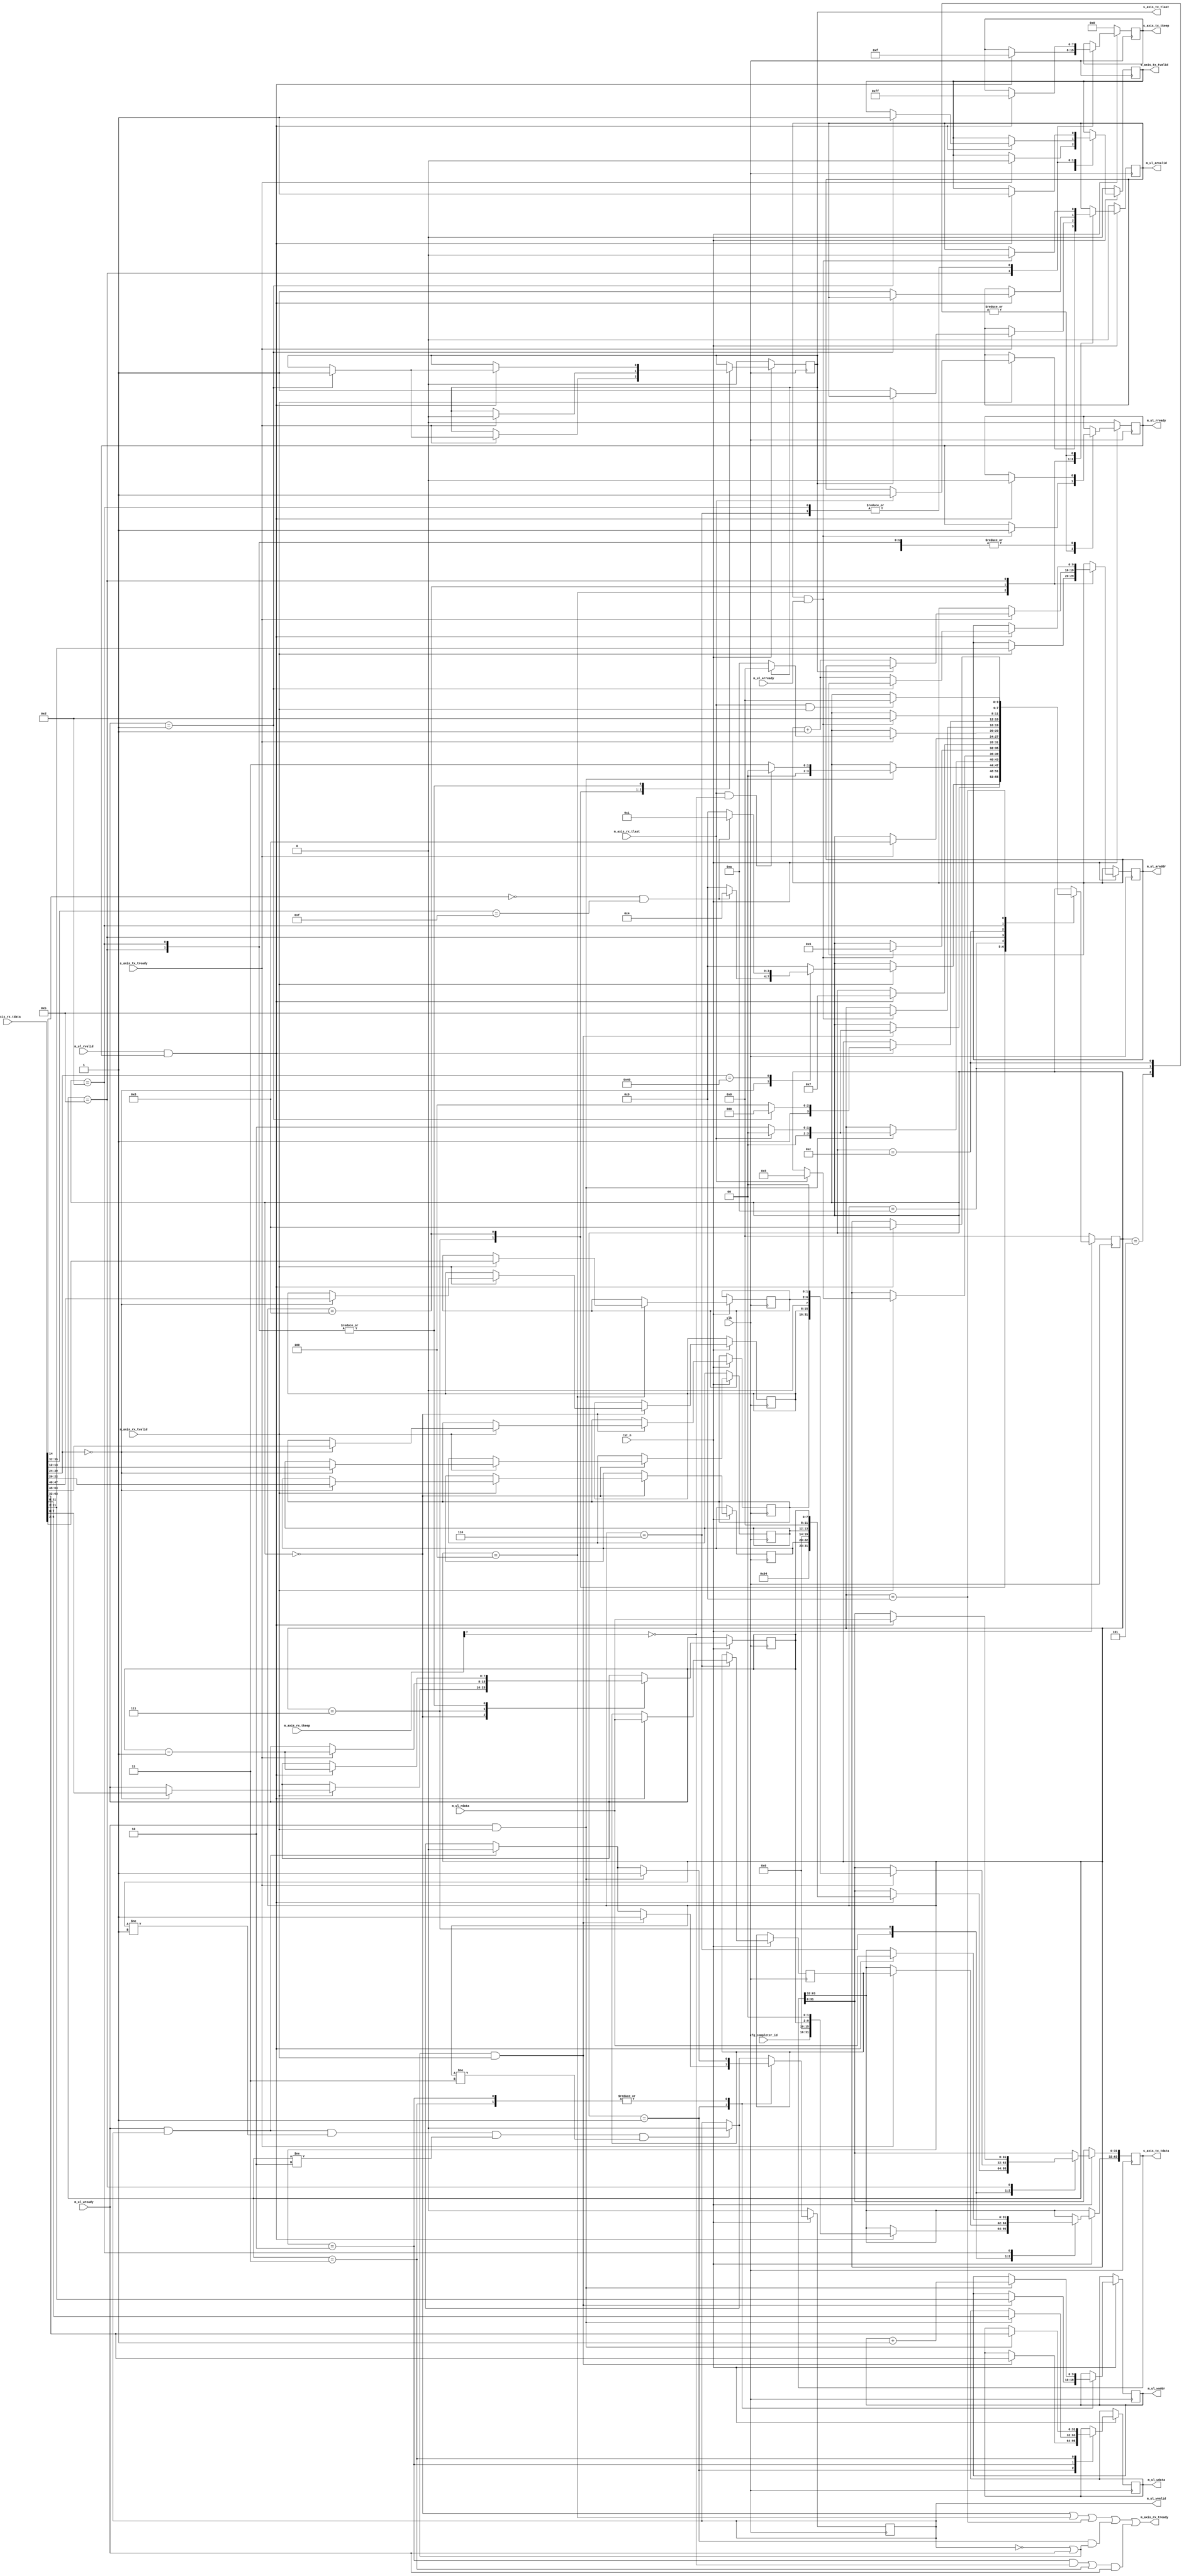
//
// Copyright (c) 2016-2019 Fairwaves, Inc.
// SPDX-License-Identifier: CERN-OHL-W-2.0
//
// PCIe to master UL
//
// NOTICE: Read around Write isn't supported right now

module pcie_to_ul #(
    parameter ADDR_WIDTH = 10,
    parameter HOST_LE = 1
)(
    input             clk,
    input             rst_n,

    // Configuration
    input  [15:0] cfg_completer_id,

    // AXIs PCIe RX
    input  [63:0] m_axis_rx_tdata,
    input  [7:0]  m_axis_rx_tkeep,
    input         m_axis_rx_tlast,
    input         m_axis_rx_tvalid,
    output        m_axis_rx_tready,

    // AXIs PCIe TX
    input              s_axis_tx_tready,
    output  reg [63:0] s_axis_tx_tdata,
    output  reg [7:0]  s_axis_tx_tkeep,
    output  reg        s_axis_tx_tlast,
    output  reg        s_axis_tx_tvalid,

    /////////////////////////////////////
    // UL Write channel
    output reg [ADDR_WIDTH - 1:0]       m_ul_waddr,
    output [31:0]                       m_ul_wdata,
    output reg                          m_ul_wvalid,
    input                               m_ul_wready,

    // AXI Read address channel
    output reg [ADDR_WIDTH - 1:0]       m_ul_araddr,
    output reg                          m_ul_arvalid,
    input                               m_ul_arready,

    // AXI Read data channel signals
    input [31:0]                        m_ul_rdata,
    input                               m_ul_rvalid,
    output reg                          m_ul_rready
);

reg [31:0] m_ul_wdata_t;
reg [31:0] readdata_t;

wire [31:0] readdata;

genvar i;
generate
  if (HOST_LE == 1) begin
    assign readdata = readdata_t;
    assign m_ul_wdata = m_ul_wdata_t;
  end else begin
    for (i = 0; i < 4; i=i+1) begin
      assign readdata[(i+1)*8-1:i*8]   = readdata_t[(4-i)*8-1:(3-i)*8];
      assign m_ul_wdata[(i+1)*8-1:i*8] = m_ul_wdata_t[(4-i)*8-1:(3-i)*8];
    end
  end
endgenerate


// Memory
localparam MEM_RD32_FMT_TYPE =      7'b00_00000;   // 3DW
localparam MEM_RD64_FMT_TYPE =      7'b01_00000;   // 4DW

localparam MEM_RD32_LOCK_FMT_TYPE = 7'b00_00001;   // 3DW
localparam MEM_RD64_LOCK_FMT_TYPE = 7'b01_00001;   // 4DW

localparam MEM_WR32_FMT_TYPE =      7'b10_00000;   // 3DW + data
localparam MEM_WR64_FMT_TYPE =      7'b11_00000;   // 4DW + data

// IO
localparam IO_RD32_FMT_TYPE  =      7'b00_00010;   // 3DW
localparam IO_WR32_FMT_TYPE  =      7'b10_00010;   // 3DW + data

// Config Type 0/1
localparam CFGT0_RD_FMT_TYPE =      7'b00_00100;   // 3DW
localparam CFGT0_WR_FMT_TYPE =      7'b10_00100;   // 3DW + data
localparam CFGT1_RD_FMT_TYPE =      7'b00_00101;   // 3DW
localparam CFGT1_WR_FMT_TYPE =      7'b10_00101;   // 3DW + data

// Message
localparam MSG_FMT_TYPE  =          7'b00_10xxx;   // 4DW
localparam MSG_DATA_FMT_TYPE  =     7'b10_10xxx;   // 4DW + data

// Completion
localparam CPL_FMT_TYPE =           7'b00_01010;   // 3DW
localparam CPL_DATA_FMT_TYPE =      7'b10_01010;   // 3DW + data
localparam CPL_LOCK_FMT_TYPE =      7'b00_01011;   // 3DW
localparam CPL_LOCK_DATA_FMT_TYPE = 7'b10_01011;   // 3DW + data


wire   sop;         // First TLP QWORD

reg [3:0]   state;
localparam STATE_RESET      = 0; // Initial TLP header parse
localparam STATE_WR32_AD    = 1; // Address & Data on UL
localparam STATE_WR32_D0    = 2; // Next data
localparam STATE_WR32_D1    = 3; // Next data 2

localparam STATE_RD32_A     = 4;
localparam STATE_RD32_STALL = 5;
localparam STATE_RD32_NF    = 6; // wait for notification
localparam STATE_RD32_R1    = 7;
localparam STATE_RD32_R2    = 8;

localparam STATE_SKIP       = 9;

localparam STATE_RD32_ANS   = 10;
localparam STATE_RD32_RN    = 11;
localparam STATE_RD32_ANS2  = 12;
localparam STATE_RD32_RN2   = 13;


reg [15:0] pcie_req_id;
reg [7:0]  pcie_tag;
reg [2:0]  pcie_tc;
reg [1:0]  pcie_attr;
reg [6:2]  pcie_low_addr; // For Completion

reg [7:0]  pcie_len_dw; // max 128 DW -> 512 bytes

  //
  // req_id[63:48] | tag[47:40] | ldwbe[39:36] fdwbe[35:32] || # fmt_type[30:24] | # tc[22:20] #### | td[15] ep[14] attr[13:12] ## length[9:0]
  //             data[63:32]                                ||      addr[31:2]                                                             ##


// only valid when SOP is asserted
wire [9:0] tlp_length = m_axis_rx_tdata[9:0];
//      reserved        m_axis_rx_tdata[11:10]
wire [1:0] tlp_attr   = m_axis_rx_tdata[13:12];
wire       tlp_ep     = m_axis_rx_tdata[14];
wire       tlp_dp     = m_axis_rx_tdata[15];
//      reserved        m_axis_rx_tdata[19:16]
wire [2:0] tlp_tc     = m_axis_rx_tdata[22:20];
//      reserved        m_axis_rx_tdata[23]
wire [4:0] tlp_type   = m_axis_rx_tdata[28:24];
wire [1:0] tlp_fmt    = m_axis_rx_tdata[30:29];
//      reserved        m_axis_rx_tdata[31]
wire [3:0] tlp_ldwbe  = m_axis_rx_tdata[39:36];
wire [3:0] tlp_fdwbe  = m_axis_rx_tdata[35:32];


assign m_axis_rx_tready = (state == STATE_RESET)  ||
                          (state == STATE_RD32_A) ||
                          (state == STATE_SKIP)   ||
                          (state == STATE_WR32_AD && (~m_ul_wvalid || m_ul_wready)) ||
                          ((state == STATE_WR32_D0 && ~m_axis_rx_tkeep[7]) || state == STATE_WR32_D1) && m_ul_wready;

always @( posedge clk ) begin
  if (!rst_n) begin
    s_axis_tx_tvalid <= 1'b0;
    s_axis_tx_tlast  <= 1'b0;
    s_axis_tx_tkeep  <= 8'b0;

    m_ul_wvalid      <= 1'b0;
    m_ul_arvalid     <= 1'b0;
    m_ul_rready      <= 1'b0;

    state            <= STATE_RESET;
  end else begin
    if (m_ul_wready && m_ul_wvalid && (state != STATE_WR32_AD) && (state != STATE_WR32_D0) &&  (state != STATE_WR32_D1)) begin
      m_ul_wvalid <= 1'b0;
    end

    case (state)
    STATE_RESET: begin
      if (/*m_axis_rx_tready &&*/ m_axis_rx_tvalid) begin
        case ({tlp_fmt,tlp_type})
        MEM_RD32_FMT_TYPE : begin

          if (/* tlp_length == 10'h1 && */ // 1-DW
                      tlp_ep     == 1'b0 &&   // Data isn't poisoned
                      tlp_fdwbe  == 4'hF)     // 32-bit transfer
            state <= STATE_RD32_A;
          else
            state <= STATE_SKIP;

          pcie_req_id <= m_axis_rx_tdata[63:48];
          pcie_tag    <= m_axis_rx_tdata[47:40];
          pcie_tc     <= tlp_tc;
          pcie_attr   <= tlp_attr;
          pcie_len_dw <= tlp_length[7:0]; // holds up to 128DW == 512 Bytes
        end

        MEM_WR32_FMT_TYPE : begin
                  // we accept only 32 bit 1-DW command only
          if (/* tlp_length == 10'h1 && */  // 1-DW
                      tlp_ep     == 1'b0 &&   // Data isn't poisoned
                      tlp_fdwbe  == 4'hF)     // 32-bit transfer
            state <= STATE_WR32_AD;
          else
            state <= STATE_SKIP;
        end

        default: begin
          state <= STATE_SKIP;
        end
        endcase
      end
    end // STATE_RESET

    // WRITE STATES
    STATE_WR32_AD: begin
      if (/*m_axis_rx_tready && */ (~m_ul_wvalid || m_ul_wready) && m_axis_rx_tvalid) begin
        m_ul_wdata_t     <= m_axis_rx_tdata[63:32];
        m_ul_waddr       <= m_axis_rx_tdata[ADDR_WIDTH + 1:2];
        m_ul_wvalid      <= 1'b1;

        if (m_axis_rx_tlast) begin
          state             <= STATE_RESET;
        end else begin
          state             <= STATE_WR32_D0;
        end
      end else if (m_ul_wready && m_ul_wvalid) begin
        m_ul_wvalid      <= 1'b0;
      end
    end

    STATE_WR32_D0: begin
      if (/*m_axis_rx_tready && */ m_ul_wready && m_axis_rx_tvalid) begin
        m_ul_waddr       <= m_ul_waddr + 1'b1;
        m_ul_wdata_t     <= m_axis_rx_tdata[31:0];
        m_ul_wvalid      <= 1'b1;

        if (m_axis_rx_tlast && ~m_axis_rx_tkeep[7]) begin
          state            <= STATE_RESET;
        end else begin
          state            <= STATE_WR32_D1;
        end
      end else if (m_ul_wready && m_ul_wvalid) begin
        m_ul_wvalid      <= 1'b0;
      end
    end

    STATE_WR32_D1: begin
      if (/*m_axis_rx_tready && */ m_ul_wready && m_axis_rx_tvalid) begin
        m_ul_waddr       <= m_ul_waddr + 1'b1;
        m_ul_wdata_t     <= m_axis_rx_tdata[63:32];
        m_ul_wvalid      <= 1'b1;

        if (m_axis_rx_tlast) begin
          state            <= STATE_RESET;
        end else begin
          state            <= STATE_WR32_D0;
        end
      end else if (m_ul_wready && m_ul_wvalid) begin
        m_ul_wvalid      <= 1'b0;
      end
    end

    STATE_RD32_A: begin
      if (/*m_axis_rx_tready &&*/ m_axis_rx_tvalid) begin
        m_ul_araddr   <= m_axis_rx_tdata[ADDR_WIDTH + 1:2];
        pcie_low_addr <= m_axis_rx_tdata[6:2];

        if (m_axis_rx_tlast) begin
          m_ul_arvalid <= 1'b1;
          state        <= STATE_RD32_STALL;
        end
      end
    end

    STATE_RD32_STALL: begin
      if (m_ul_arvalid && m_ul_arready) begin
        m_ul_arvalid <= 1'b0;
        m_ul_rready  <= 1'b1;

        state        <= STATE_RD32_NF;
      end
    end

    STATE_RD32_NF: begin
      if (m_ul_rvalid && m_ul_rready) begin
        m_ul_rready  <= 1'b0;
        readdata_t   <= m_ul_rdata;
        state        <= STATE_RD32_R1;

        s_axis_tx_tdata  <= {cfg_completer_id, 3'b000, 1'b0, { 2'b0, pcie_len_dw, 2'b0 },
                             1'b0, CPL_DATA_FMT_TYPE, 1'b0, pcie_tc, 4'b0, 1'b0, 1'b0, pcie_attr, 2'b0, { 2'b0, pcie_len_dw } };
        s_axis_tx_tkeep  <= 8'hFF;
        s_axis_tx_tvalid <= 1'b1;
      end
    end

    STATE_RD32_R1: begin
      if (s_axis_tx_tready) begin
        s_axis_tx_tdata <= { readdata,
                             pcie_req_id, pcie_tag, 1'b0, pcie_low_addr, 2'b0 };
        state           <= STATE_RD32_R2;
        pcie_len_dw     <= pcie_len_dw - 1'b1;
        if (pcie_len_dw == 8'h1) begin
          s_axis_tx_tlast <= 1'b1;
        end
      end
    end

    STATE_RD32_R2: begin
      if (s_axis_tx_tready) begin
        if (s_axis_tx_tlast) begin
          state            <= STATE_RESET;
        end else begin
          m_ul_araddr     <= m_ul_araddr + 1'b1;
          m_ul_arvalid    <= 1'b1;
          state           <= STATE_RD32_ANS;
        end

        s_axis_tx_tlast  <= 1'b0;
        s_axis_tx_tvalid <= 1'b0;
      end
    end

    STATE_RD32_ANS: begin
      if (m_ul_arvalid && m_ul_arready) begin
        m_ul_arvalid <= 1'b0;
        m_ul_rready  <= 1'b1;
        state        <= STATE_RD32_RN;
      end
    end

    STATE_RD32_RN: begin
      if (m_ul_rvalid && m_ul_rready) begin
        m_ul_rready           <= 1'b0;
        s_axis_tx_tdata[31:0] <= m_ul_rdata;
        s_axis_tx_tkeep       <= 8'h0f;
        pcie_len_dw           <= pcie_len_dw - 1'b1;
        if (pcie_len_dw == 8'h1) begin
          state            <= STATE_RD32_R2;
          s_axis_tx_tlast  <= 1'b1;
          s_axis_tx_tvalid <= 1'b1;
        end else begin
          state            <= STATE_RD32_ANS2;
          m_ul_araddr      <= m_ul_araddr + 1'b1;
          m_ul_arvalid     <= 1'b1;
        end
      end
    end

    STATE_RD32_ANS2: begin
      if (m_ul_arvalid && m_ul_arready) begin
        m_ul_arvalid <= 1'b0;
        m_ul_rready  <= 1'b1;
        state        <= STATE_RD32_RN2;
      end
    end

    STATE_RD32_RN2: begin
      if (m_ul_rvalid && m_ul_rready) begin
        m_ul_rready            <= 1'b0;
        s_axis_tx_tdata[63:32] <= m_ul_rdata;
        s_axis_tx_tkeep        <= 8'hff;
        state                  <= STATE_RD32_R2;
        s_axis_tx_tvalid       <= 1'b1;
        pcie_len_dw            <= pcie_len_dw - 1'b1;
        if (pcie_len_dw == 8'h1) begin
          s_axis_tx_tlast      <= 1'b1;
        end
      end
    end

    STATE_SKIP: begin
      if (m_axis_rx_tlast && m_axis_rx_tvalid) begin
        state <= STATE_RESET;
      end
    end
    endcase

  end
end

endmodule